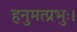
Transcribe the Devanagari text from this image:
हनुमत्प्रभुः।